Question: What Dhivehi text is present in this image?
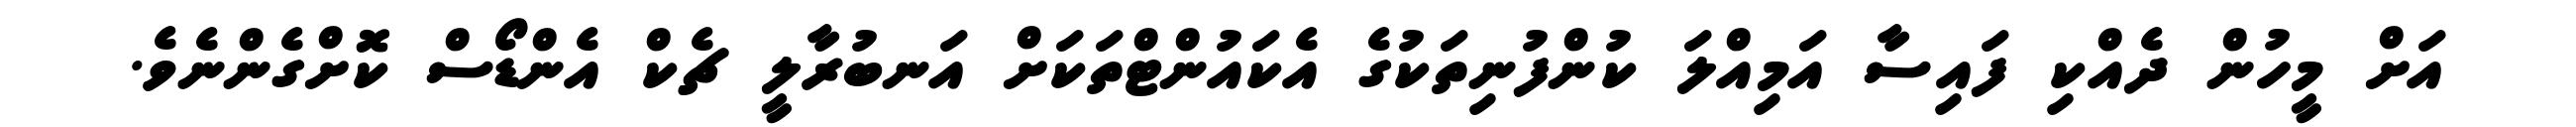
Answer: އަށް މީހުން ދެއްކި ފައިސާ އަމިއްލަ ކުންފުނިތަކުގެ އެކައުންޓްތަކަށް އަނބުރާލީ ޗެކް އެންޑޯސް ކޮށްގެންނެވެ.